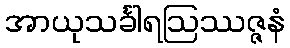
အာယုသင်္ခါရဩဿဇ္ဇနံ